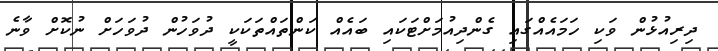
ދިރިއުޅުން ވަކި ހަމައެއްގައި ގެންދިއުމަށްޓަކައި ބައެއް ކަންތައްތަކަކީ ދުވަހުން ދުވަހަށް ނުކޮށް ވާނެ